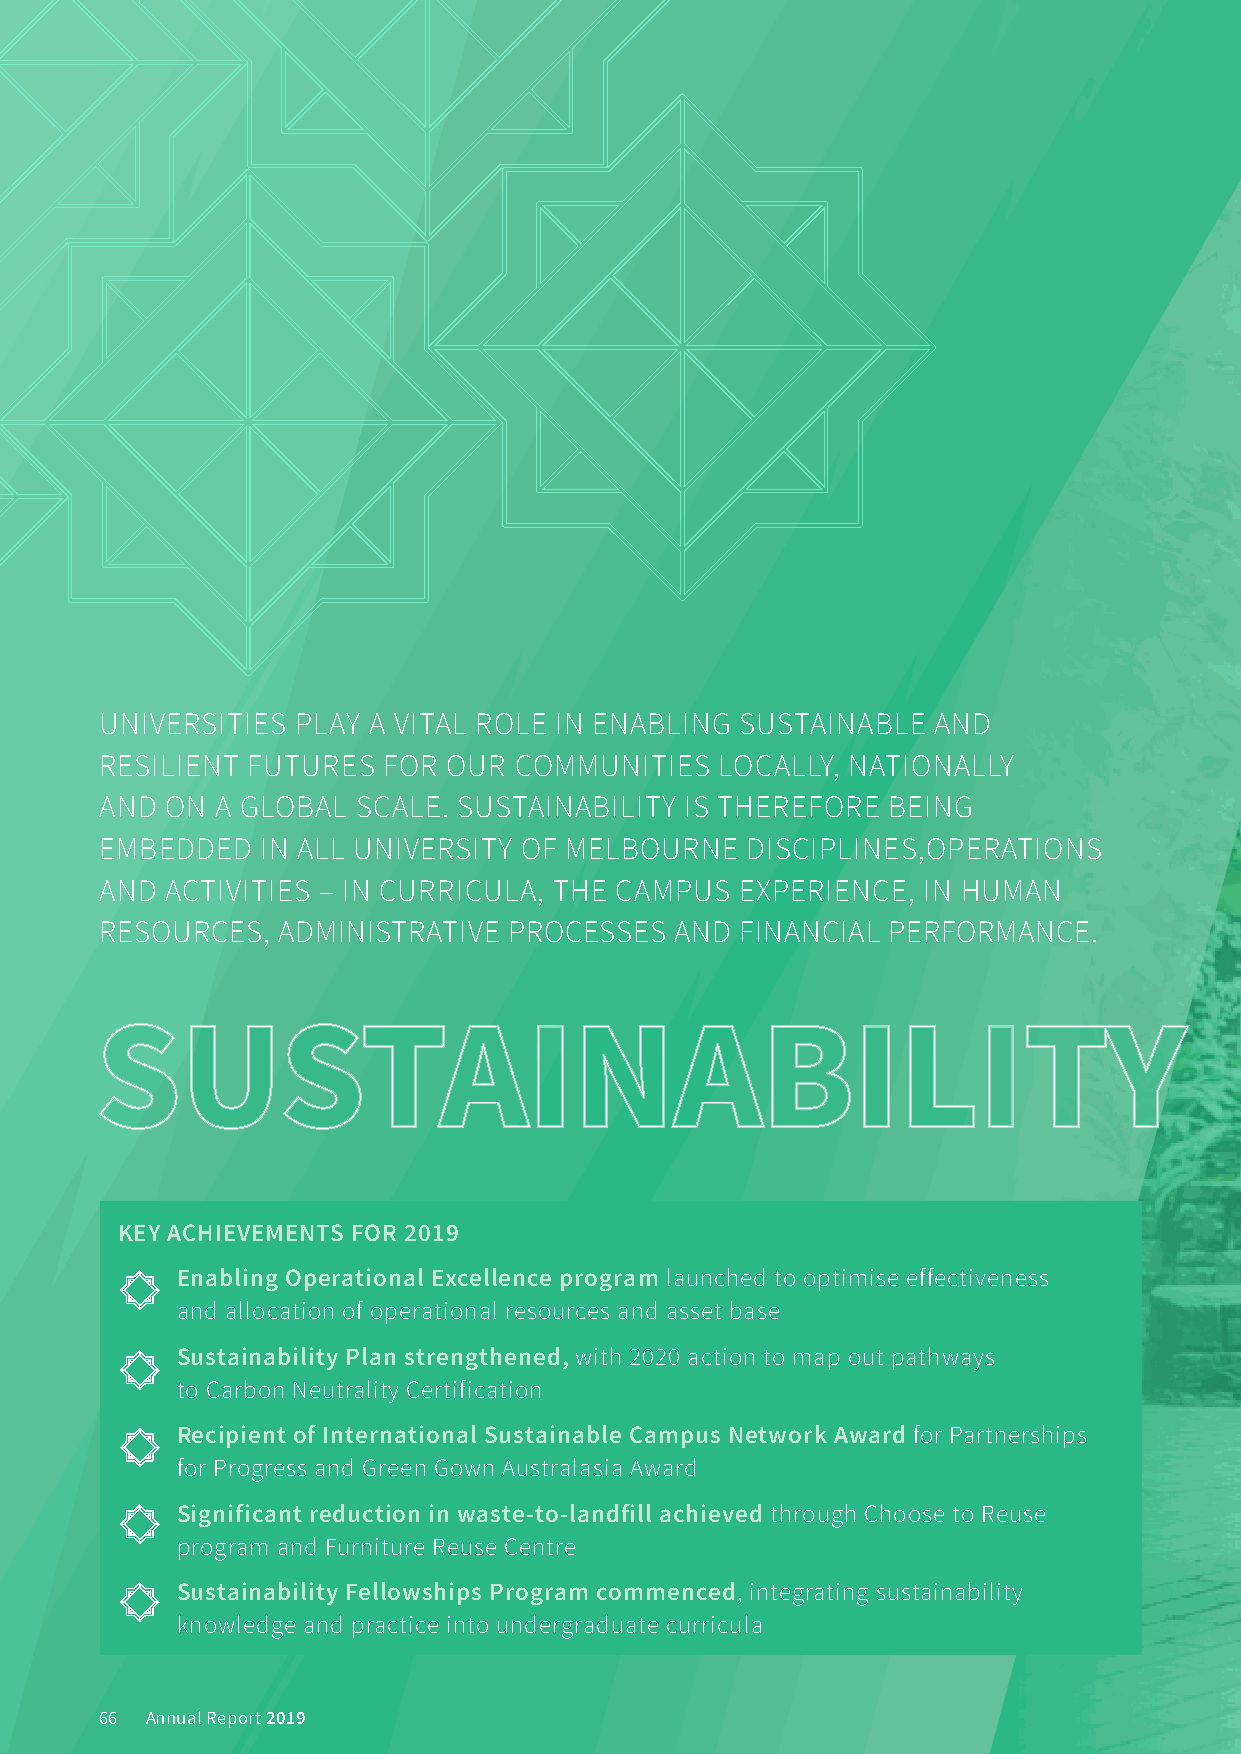
UNIVERSITIES PLAY A VITAL ROLE IN ENABLING SUSTAINABLE AND
 RESILIENT FUTURES FOR  OUR COMMUNITIES   LOCALLY, NATIONALLY
 AND ON A GLOBAL  SCALE. SUSTAINABILITY IS THEREFORE BEING
 EMBEDDED  IN ALL UNIVERSITY OF MELBOURNE  DISCIPLINES,OPERATIONS
 AND ACTIVITIES – IN CURRICULA, THE CAMPUS EXPERIENCE, IN HUMAN
 RESOURCES, ADMINISTRATIVE  PROCESSES  AND FINANCIAL PERFORMANCE.
 SSSUUUSSSTTTAAAIIINNNAAABBBIIILLLIIITTTYYY
 KEY ACHIEVEMENTS FOR 2019
 Enabling Operational Excellence program launched to optimise effectiveness
 and allocation of operational resources and asset base
 Sustainability Plan strengthened, with 2020 action to map out pathways
 to Carbon Neutrality Certification
 Recipient of International Sustainable Campus Network Award for Partnerships
 for Progress and Green Gown Australasia Award
 Significant reduction in waste-to-landfill achieved through Choose to Reuse
 program and Furniture Reuse Centre
 Sustainability Fellowships Program commenced, integrating sustainability
 knowledge and practice into undergraduate curricula
 66 Annual Report 2019